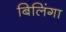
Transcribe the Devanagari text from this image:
बिलिंगा